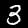
Label: 3